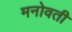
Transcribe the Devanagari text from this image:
मनोवती